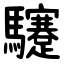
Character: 䮿